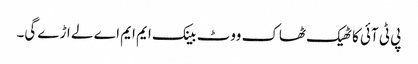
پی ٹی آئی کا ٹھیک ٹھاک ووٹ بینک ایم ایم اے لے اڑے گی۔